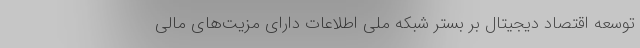
توسعه اقتصاد دیجیتال بر بستر شبکه ملی اطلاعات دارای مزیت‌های مالی